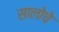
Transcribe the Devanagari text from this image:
सालोचे